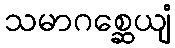
သမာဂစ္ဆေယျံ